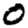
Digit: 0